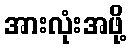
အားလုံးအဖို့